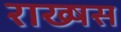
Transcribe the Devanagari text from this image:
राख्षस